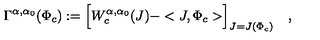
\Gamma ^ { \alpha , \alpha _ { 0 } } ( \Phi _ { c } ) : = \Bigl [ W _ { c } ^ { \alpha , \alpha _ { 0 } } ( J ) - < J , \Phi _ { c } > \Bigr ] _ { J = J ( \Phi _ { c } ) } \quad ,